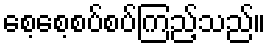
စေ့စေ့စပ်စပ်ကြည့်သည်။